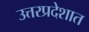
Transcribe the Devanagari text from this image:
उत्तरप्रदेशात